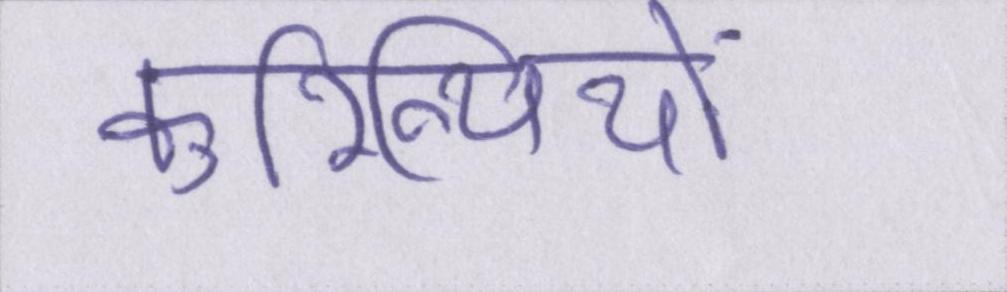
कुरिन्थियों